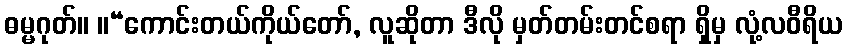
ဓမ္မဂုတ်။ ။“ကောင်းတယ်ကိုယ်တော်, လူဆိုတာ ဒီလို မှတ်တမ်းတင်စရာ ရှိမှ လုံ့လဝီရိယ